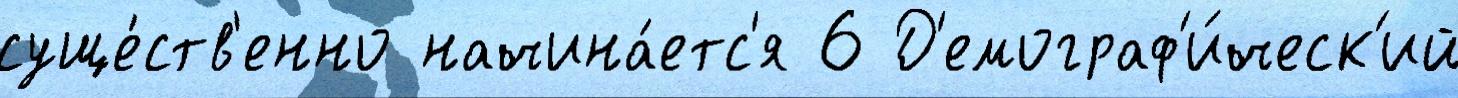
суще́ств'енно начина́етс'я 6 Д'емограф'и́ческ'ий